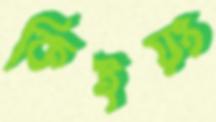
কিইয়ং